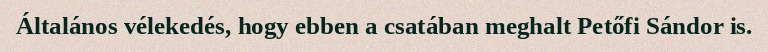
Általános vélekedés, hogy ebben a csatában meghalt Petőfi Sándor is.